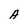
Character: A